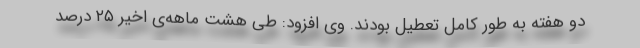
دو هفته به طور کامل تعطیل بودند. وی افزود: طی هشت ماهه‌ی اخیر ۲۵ درصد